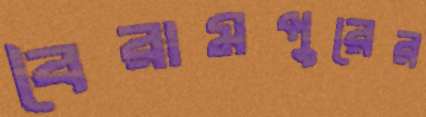
বৈরামপুরের